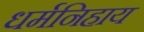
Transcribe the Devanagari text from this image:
धर्मनिहाय